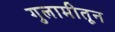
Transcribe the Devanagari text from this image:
गुलामीतून